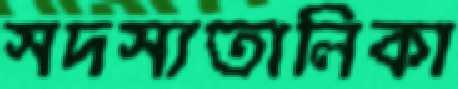
সদস্যতালিকা